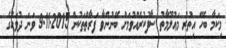
މިކަމާ ބެހޭ އިތުރު މަޢުލޫމާތު ސާފުކުރެއްވުމަށް ބޭނުންވާ ފަރާތްތަކުން 9.11.2015 ވަނަ ދުވަހުގެ